Insane asylums in Bengal annual reports 1876-1887 - 1876-1887
Year: 1876
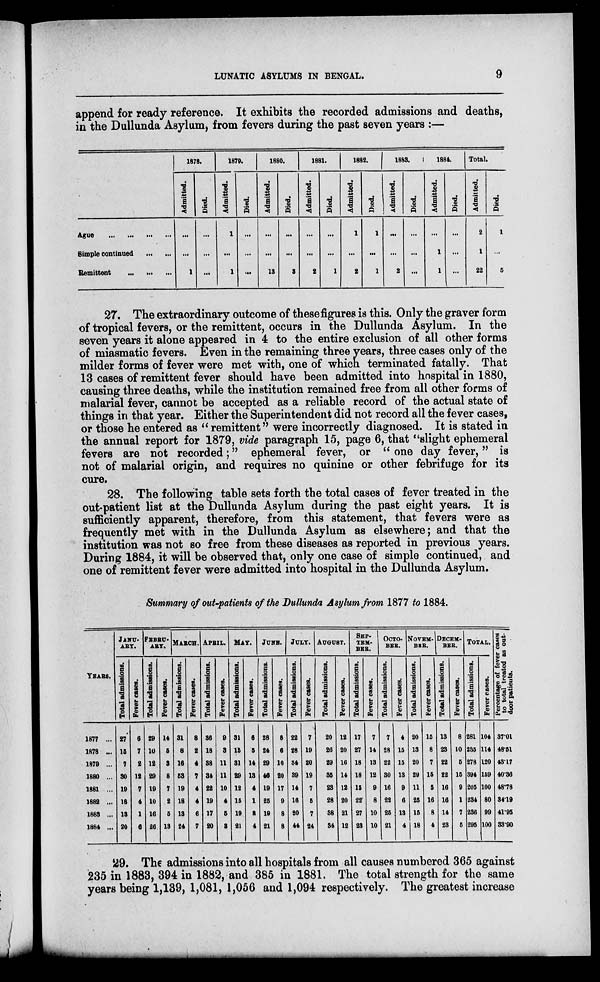
LUNATIC ASYLUMS IN BENGAL.
9
append for ready reference. It exhibits the recorded admissions and deaths,
in the Dullunda Asylum, from fevers during the past seven years :—
Ague
...
...
...
...
Simple continued
...
...
Remittent
...
...
...
1878.
Admitted.
...
...
1
Died.
...
...
...
1879.
Admitted.
1
...
1
Died.
...
...
...
1880.
Admitted.
...
...
18
Died.
...
...
3
1881.
Admitted.
...
...
2
Died.
...
...
1
1882.
Admitted.
1
...
2
Died.
1
...
1
1883.
Admitted.
...
...
2
Died.
...
...
...
1884.
Admitted.
...
1
1
Died.
...
...
...
Total.
Admitted.
2
1
22
Died.
1
...
5
27. The extraordinary outcome of these figures is this. Only the graver form
of tropical fevers, or the remittent, occurs in the Dullunda Asylum. In the
seven years it alone appeared in 4 to the entire exclusion of all other forms
of miasmatic fevers. Even in the remaining three years, three cases only of the
milder forms of fever were met with, one of which terminated fatally. That
13 cases of remittent fever should have been admitted into hospital in 1880,
causing three deaths, while the institution remained free from all other forms of
malarial fever, cannot be accepted as a reliable record of the actual state of
things in that year. Either the Superintendent did not record all the fever cases,
or those he entered as " remittent" were incorrectly diagnosed. It is stated in
the annual report for 1879, vide paragraph 15, page 6, that "slight ephemeral
fevers are not recorded;" ephemeral fever, or " one day fever," is
not of malarial origin, and requires no quinine or other febrifuge for its
cure.
28. The following table sets forth the total cases of fever treated in the
out-patient list at the Dullunda Asylum during the past eight years. It is
sufficiently apparent, therefore, from this statement, that fevers were as
frequently met with in the Dullunda Asylum as elsewhere; and that the
institution was not so free from these diseases as reported in previous years.
During 1884, it will be observed that, only one case of simple continued, and
one of remittent fever were admitted into hospital in the Dullunda Asylum.
Summary of out-patients of the Dullunda Asylum from 1877 to 1884.
YEARS.
1877 ...
1878 ...
1879 ...
1880 ...
1881 ...
1882 ...
1883 ...
1884 ...
JANU-
ARY.
Total admissions.
27
15
7
30
19
18
13
20
Fever cases.
6
7
2
12
7
4
1
6
FEBRU-
---.
Total admissions.
29
10
12
29
19
10
16
26
Fever cases.
14
5
3
8
7
2
5
13
MARCH.
Total admissions.
31
8
16
53
19
18
13
24
Fever cases.
8
2
4
7
4
4
6
7
APRIL.
Total admissions.
36
18
38
34
22
19
17
20
Fever cases.
9
3
11
11
10
4
5
3
MAY.
Total admissions.
31
15
31
29
12
15
19
21
Fever cases.
6
5
14
13
4
1
8
4
JUNE.
Total admissions.
28
24
29
46
19
25
19
21
Fever cases.
8
6
10
20
17
9
8
8
JULY.
Total admissions.
22
28
34
39
14
16
20
44
Fever cases.
7
19
20
19
7
5
7
24
AUGUST.
Total admissions.
20
26
29
35
23
28
38
34
Fever cases.
12
20
16
14
12
20
21
12
SEP-
----
---.
Total admissions.
17
27
18
18
15
22
27
23
Fever cases.
7
14
13
12
9
8
10
10
OCTO-
---.
Total admissions.
7
28
22
30
16
22
25
21
Fever cases.
4
15
15
13
9
6
13
4
NOVEM-
BER.
Total admissions.
20
13
20
29
11
25
15
18
Fever cases.
15
8
7
15
5
16
8
4
DECEM-
---.
Total admissions.
13
23
22
22
16
16
14
23
Fever cases.
8
10
5
15
9
1
7
5
TOTAL.
Total admissions.
281
235
278
394
205
234
236
295
Fever cases.
104
114
120
159
100
80
99
100
Percentage of fever cases
to total treated as out-
door patients.
37.01
48.51
43.17
40.36
48.78
34.19
41.95
33.90
29. The admissions into all hospitals from all causes numbered 365 against
235 in 1883, 394 in 1882, and 385 in 1881. The total strength for the same
years being 1,139, 1,081, 1,056 and 1,094 respectively. The greatest increase